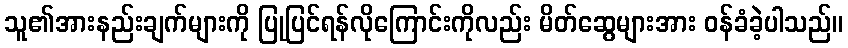
သူ၏အားနည်းချက်များကို ပြုပြင်ရန်လိုကြောင်းကိုလည်း မိတ်ဆွေများအား ဝန်ခံခဲ့ပါသည်။